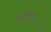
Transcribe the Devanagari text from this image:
शाल्ववध